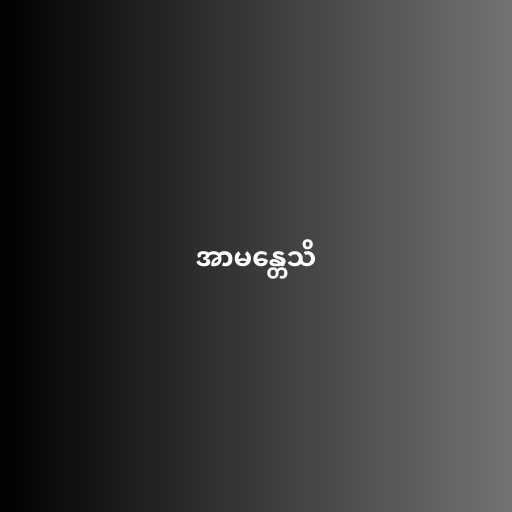
အာမန္တေသိ